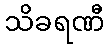
သိခရဏီ